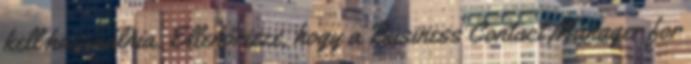
kell használnia. Ellenőrizze, hogy a Business Contact Manager for